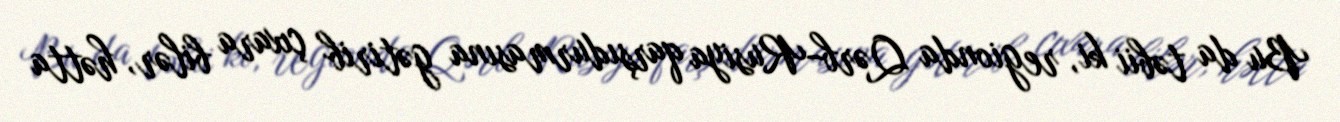
Bu da təbii ki, regionda Qərb-Rusiya qarşıdurmasına gətirib çıxara bilər, hətta